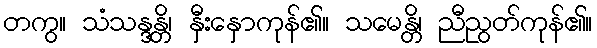
တကွ။ သံသန္ဒန္တိ၊ နှီးနှောကုန်၏။ သမေန္တိ၊ ညီညွတ်ကုန်၏။